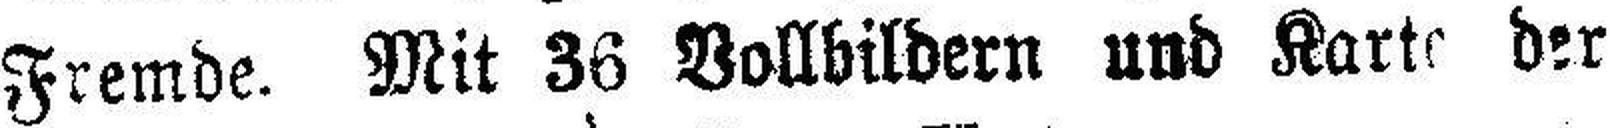
Fremde. Mit 36 Vollbildern und Karte der